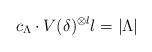
LaTeX: \begin{align*}c_{\Lambda}\cdot V(\delta)^{\otimes l}l=\left\vert\Lambda\right\vert\end{align*}